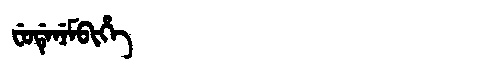
Manchu: ᠸᡠᡩᡝᠨᡝᠮᠪᡳᡥᡝ
Romanization: FUDENEMBIHE